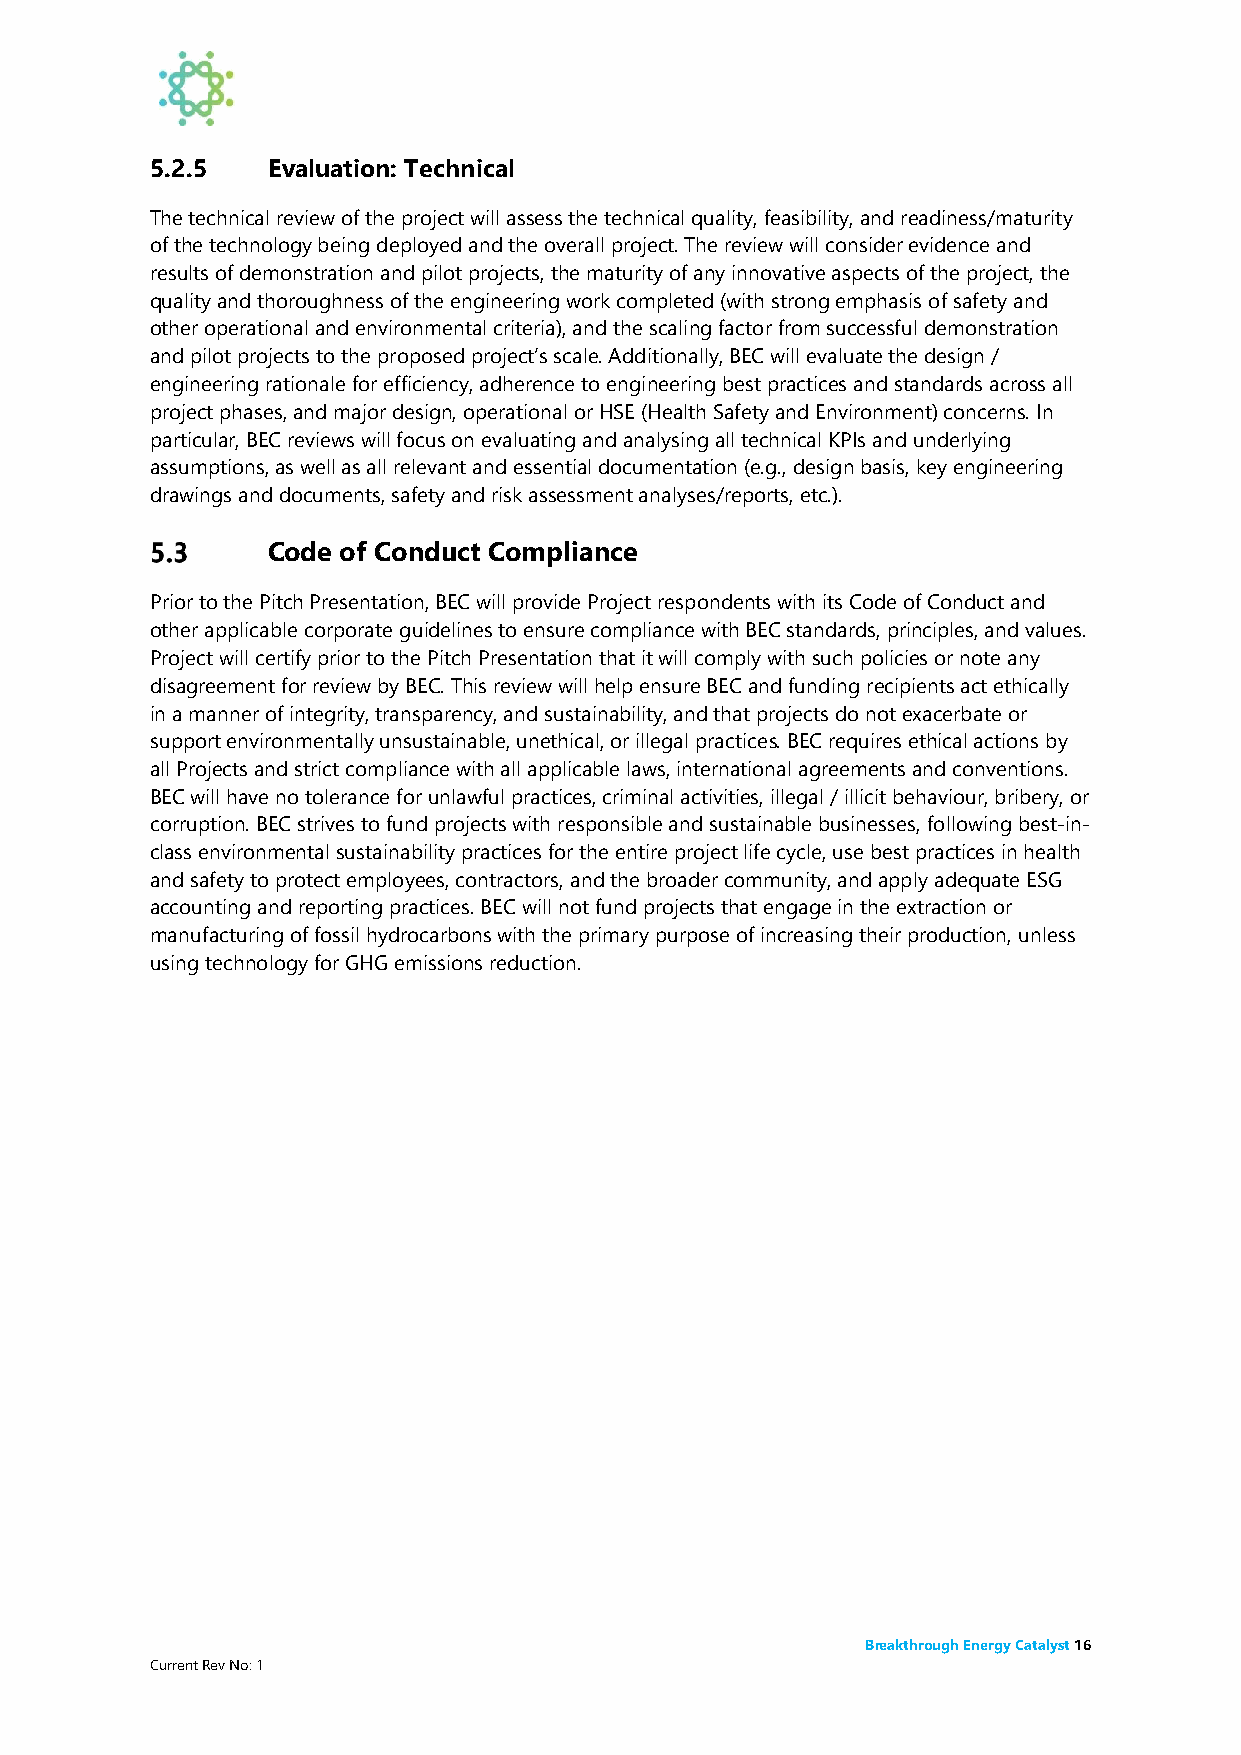
5.2.5   Evaluation: Technical
 The technical review of the project will assess the technical quality, feasibility, and readiness/maturity
 of the technology being deployed and the overall project. The review will consider evidence and
 results of demonstration and pilot projects, the maturity of any innovative aspects of the project, the
 quality and thoroughness of the engineering work completed (with strong emphasis of safety and
 other operational and environmental criteria), and the scaling factor from successful demonstration
 and pilot projects to the proposed project’s scale. Additionally, BEC will evaluate the design /
 engineering rationale for efficiency, adherence to engineering best practices and standards across all
 project phases, and major design, operational or HSE (Health Safety and Environment) concerns. In
 particular, BEC reviews will focus on evaluating and analysing all technical KPIs and underlying
 assumptions, as well as all relevant and essential documentation (e.g., design basis, key engineering
 drawings and documents, safety and risk assessment analyses/reports, etc.).
 Code of Conduct Compliance
 Prior to the Pitch Presentation, BEC will provide Project respondents with its Code of Conduct and
 other applicable corporate guidelines to ensure compliance with BEC standards, principles, and values.
 Project will certify prior to the Pitch Presentation that it will comply with such policies or note any
 disagreement for review by BEC. This review will help ensure BEC and funding recipients act ethically
 in a manner of integrity, transparency, and sustainability, and that projects do not exacerbate or
 support environmentally unsustainable, unethical, or illegal practices. BEC requires ethical actions by
 all Projects and strict compliance with all applicable laws, international agreements and conventions.
 BEC will have no tolerance for unlawful practices, criminal activities, illegal / illicit behaviour, bribery, or
 corruption. BEC strives to fund projects with responsible and sustainable businesses, following best-in-
 class environmental sustainability practices for the entire project life cycle, use best practices in health
 and safety to protect employees, contractors, and the broader community, and apply adequate ESG
 accounting and reporting practices. BEC will not fund projects that engage in the extraction or
 manufacturing of fossil hydrocarbons with the primary purpose of increasing their production, unless
 using technology for GHG emissions reduction.
 Breakthrough Energy Catalyst 16
 Current Rev No: 1